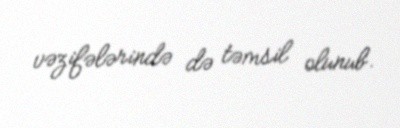
vəzifələrində də təmsil olunub.